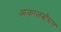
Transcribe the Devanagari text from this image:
अकालबोधन